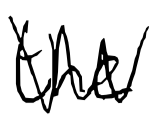
Text: the
Cross-out: zig-zag
Writing tool: digital_black